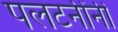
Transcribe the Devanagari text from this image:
पलटनींनी